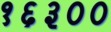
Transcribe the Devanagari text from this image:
१६३००